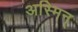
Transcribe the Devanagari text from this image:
अस्मिन्